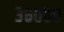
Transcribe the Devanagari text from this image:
३८०००